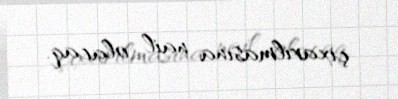
çıxarılmasına nail olacaq.